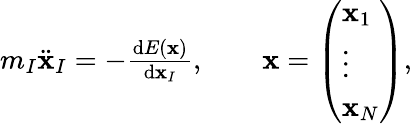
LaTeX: \begin{array}{r}{m_{I}\ddot{\mathbf{x}}_{I}=-\frac{\mathrm{d}E(\mathbf{x})}{\mathrm{d}\mathbf{x}_{I}},\qquad\mathbf{x}=\left(\begin{array}{l}{\mathbf{x}_{1}}\\ {\vdots}\\ {\mathbf{x}_{N}}\end{array}\right),}\end{array}